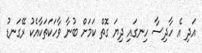
އަދި އެ ހާދިސާ ހިނގައި ދިޔަ ގޮތް ކަމަށް ބުނާ ވާހަކަތަކާއެކު ރޭގަނޑު